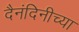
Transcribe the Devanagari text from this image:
दैनंदिनीच्या